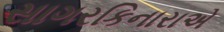
સાગરકિનારાએ